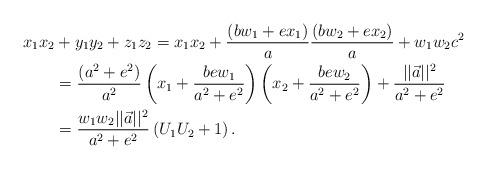
LaTeX: \begin{align*} x_1x_2 & +y_1y_2+z_1z_2 = x_1x_2 + \frac{(bw_1+ex_1)}{a}\frac{(bw_2+ex_2)}{a}+w_1w_2c^2 \\ & = \frac{(a^2+e^2)}{a^2} \left( x_1+\frac{be w_1}{a^2+e^2}\right) \left( x_2+\frac{be w_2}{a^2+e^2}\right) + \frac{||\vec{a}||^2}{a^2+e^2} \\& = \frac{w_1w_2||\vec{a}||^2}{a^2+e^2} \left(U_1U_2+1\right). \end{align*}